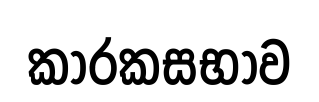
කාරකසභාව